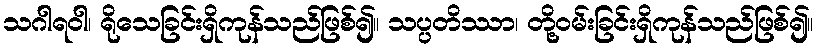
သဂါရဝါ၊ ရိုသေခြင်းရှိကုန်သည်ဖြစ်၍။ သပ္ပတိဿာ၊ တို့ဝမ်းခြင်းရှိကုန်သည်ဖြစ်၍။